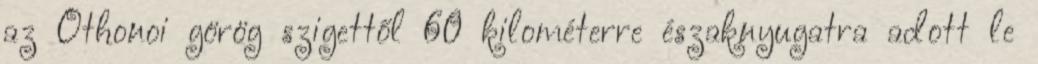
az Othonoi görög szigettől 60 kilométerre északnyugatra adott le